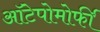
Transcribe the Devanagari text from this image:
ऑटेपोमोर्फी